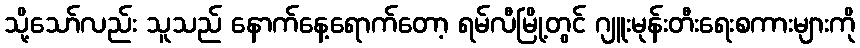
သို့သော်လည်း သူသည် နောက်နေ့ရောက်တော့ ရမ်လီမြို့တွင် ဂျူးမုန်းတီးရေးစကားများကို